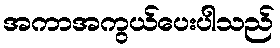
အကာအကွယ်ပေးပါသည်